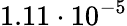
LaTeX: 1.11\cdot 10^{-5}